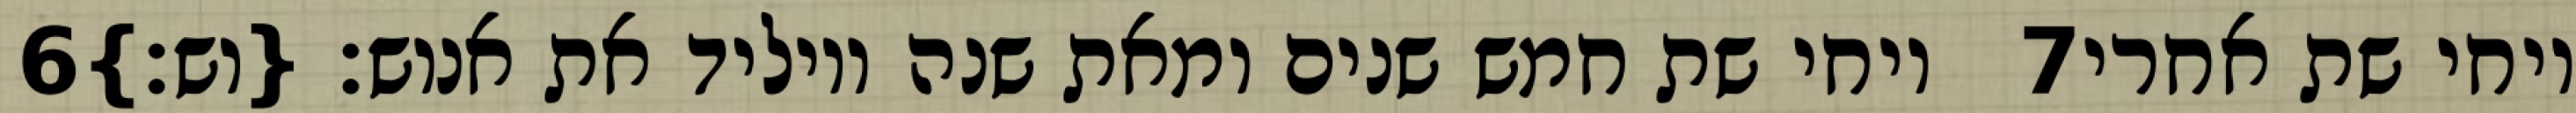
‎6‏ ויחי שת חמש שנים ומאת שנה ויוליד את אנוש׃ {וש׃} ‎7‏ ויחי שת אחרי